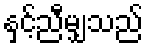
နှင့်ညီမျှသည်